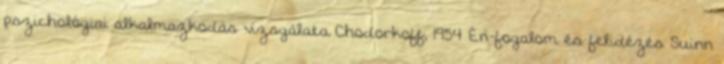
pszichológiai alkalmazkodás vizsgálata Chodorkoff, 1954 Én-fogalom és felidézés Suinn